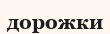
дорожки